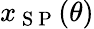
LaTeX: x_{\mathrm{~S~P~}}(\theta)